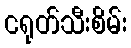
ငရုတ်သီးစိမ်း